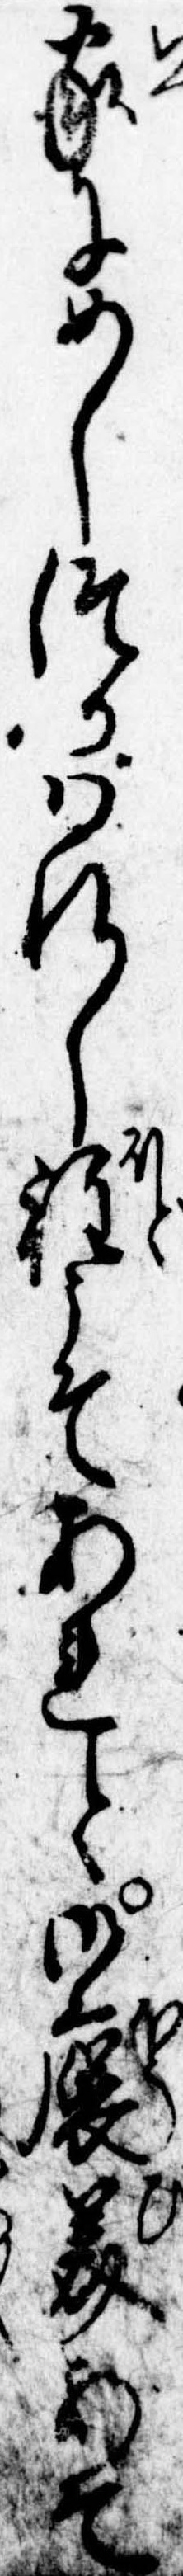
家にめしつかはれし程こそあれと御褒美あそ